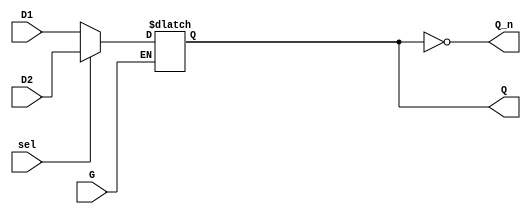
module dual_input_gated_latch (
    input wire D1,        // First Data Input
    input wire D2,        // Second Data Input
    input wire G,         // Gate Control Signal
    input wire sel,       // Selection Control Signal
    output reg Q,         // Latch Output
    output wire Q_n       // Inverted Latch Output
);

// Inverted output
assign Q_n = ~Q;

// Latch behavior
always @(G or D1 or D2) begin
    if (G) begin
        // Select the input based on the selection signal
        if (sel) begin
            Q <= D2;   // If sel is high, take D2
        end else begin
            Q <= D1;   // If sel is low, take D1
        end
    end
    // If G is low, Q retains its previous value
end

endmodule